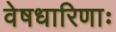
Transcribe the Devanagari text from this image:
वेषधारिणाः